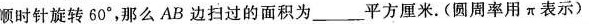
顺时针旋转60°，那么AB边扫过的面积为_____平方厘米。(圆周率用π表示)